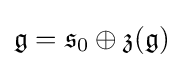
{\mathfrak {g}}={\mathfrak {s}}_{0}\oplus {\mathfrak {z}}({\mathfrak {g}})